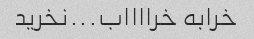
خرابه خرااااب...نخرید